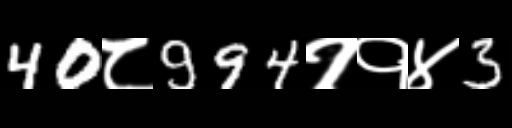
Text: 40८994११४3